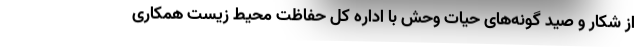
از شکار و صید گونه‌های حیات وحش با اداره کل حفاظت محیط زیست همکاری